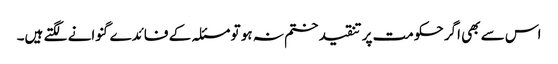
اس سے بھی اگر حکومت پر تنقید ختم نہ ہو تو مسئلہ کے فائدے گنوانے لگتے ہیں۔